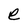
Character: e